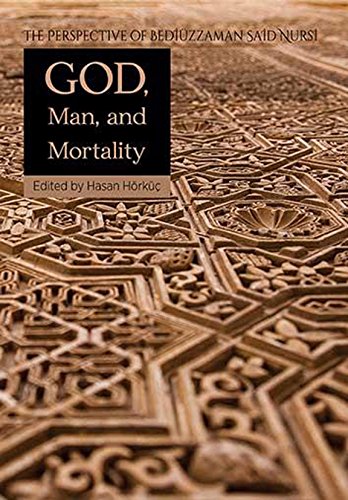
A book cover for God, Man, Mortality: The Perspective of Bediuzzaman Said Nursi (Perspective of the Risale-I Nur in Islamic Studies); Religion & Spirituality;